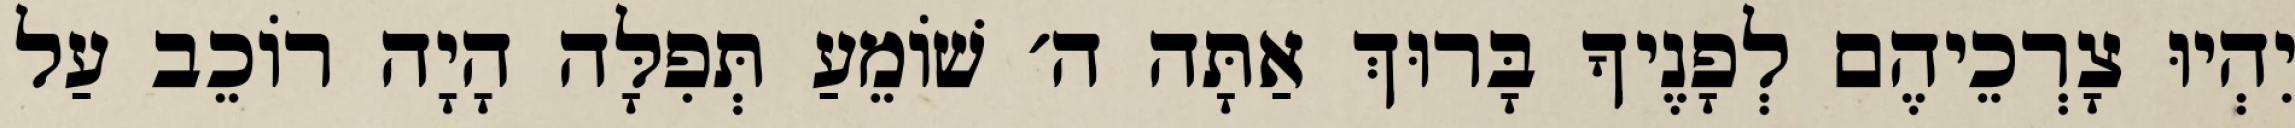
יִהְיוּ צָרְכֵיהֶם לְפָנֶיךָ בָּרוּךְ אַתָּה ה׳ שׁוֹמֵעַ תְּפִלָּה הָיָה רוֹכֵב עַל